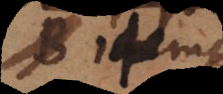
B; idem